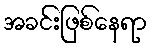
အခင်းဖြစ်နေရာ